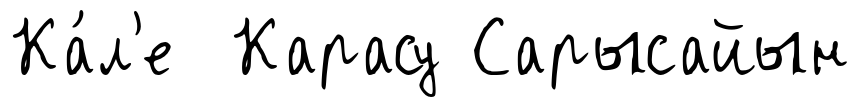
Ка́л'е Карасу Сарысайын